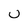
Character: U